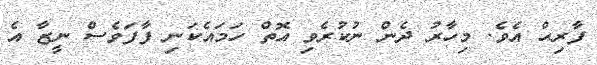
ފާރިޙް އެވެ. މިހާރު ދެން ނުކުރެވި އޮތް ހަމައެކަނި ފާފަވެސް ނީޒާ އެ